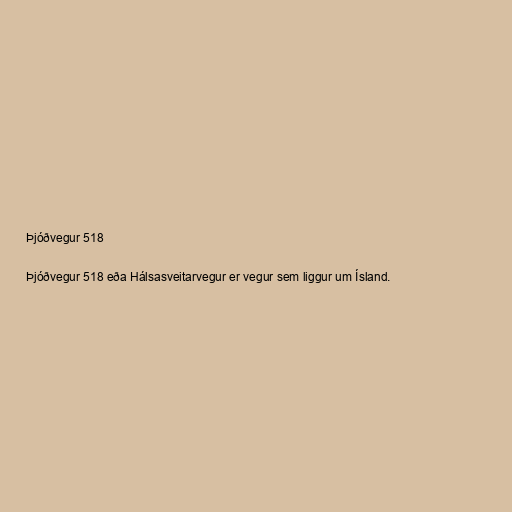
Þjóðvegur 518

Þjóðvegur 518 eða Hálsasveitarvegur er vegur sem liggur um Ísland.